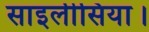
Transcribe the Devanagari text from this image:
साइलीसिया।